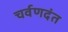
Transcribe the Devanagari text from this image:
चर्वणदंत